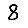
Digit: 8